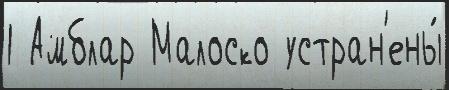
1 Амблар Малоско устран'ены́